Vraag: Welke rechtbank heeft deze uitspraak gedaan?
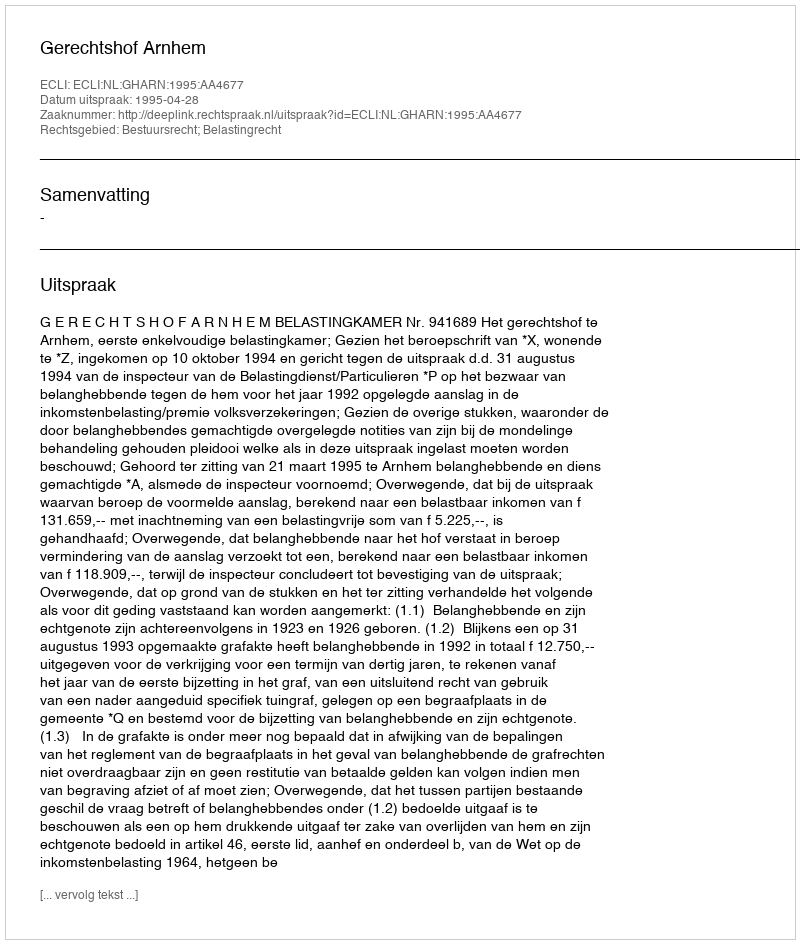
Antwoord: Gerechtshof Arnhem